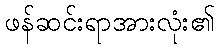
ဖန်ဆင်းရာအားလုံး၏